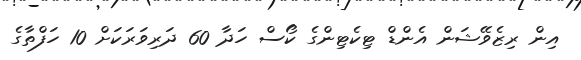
އިން ރިޒެވޭޝަން އެންޑް ޓިކެޓިންގެ ކޯސް ހަދާ 60 ދަރިވަރަކަށް 10 ހަފްތާގެ